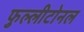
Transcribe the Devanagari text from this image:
फुल्लीटोनल